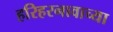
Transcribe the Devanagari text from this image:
हरिहरनावाच्या